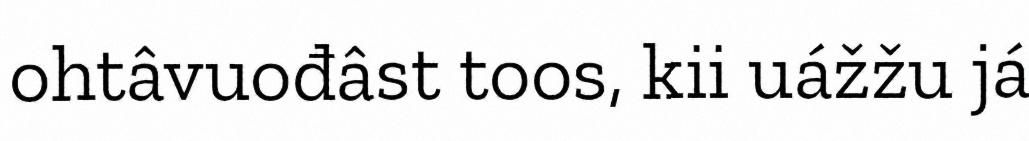
ohtâvuođâst toos, kii uážžu já